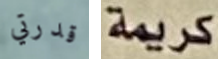
قدرتي كريمة